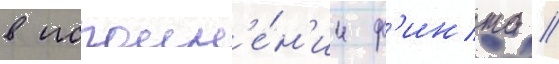
в исполн'е́н'ии ф'инта //